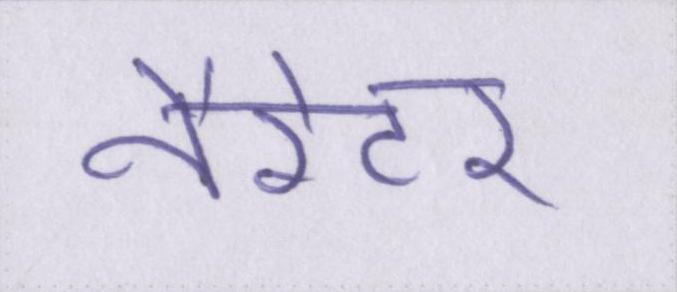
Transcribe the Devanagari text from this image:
नैरेटर